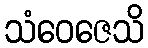
သံဝေဇေသိ